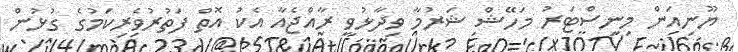
ޔޫނިއަން މިނިސްޓަރު މަހޭޝް ޝަރުމާ ވިދާޅުވީ ރާއްޖެއާ އެކު އޮތް ފަތުރުވެރިކަމުގެ ގުޅުން